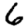
Digit: 6